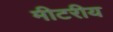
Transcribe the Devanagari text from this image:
मीटरीय